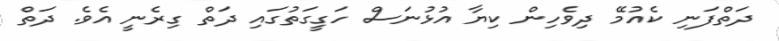
ދަތްފަނި ކެއުމޭ ދިވެހިން ކިޔާ އުޅުނަސް ހަގީގަތުގައި ދަތް ގިރެނީ އެވެ. ދަތް